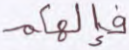
فإلهكم